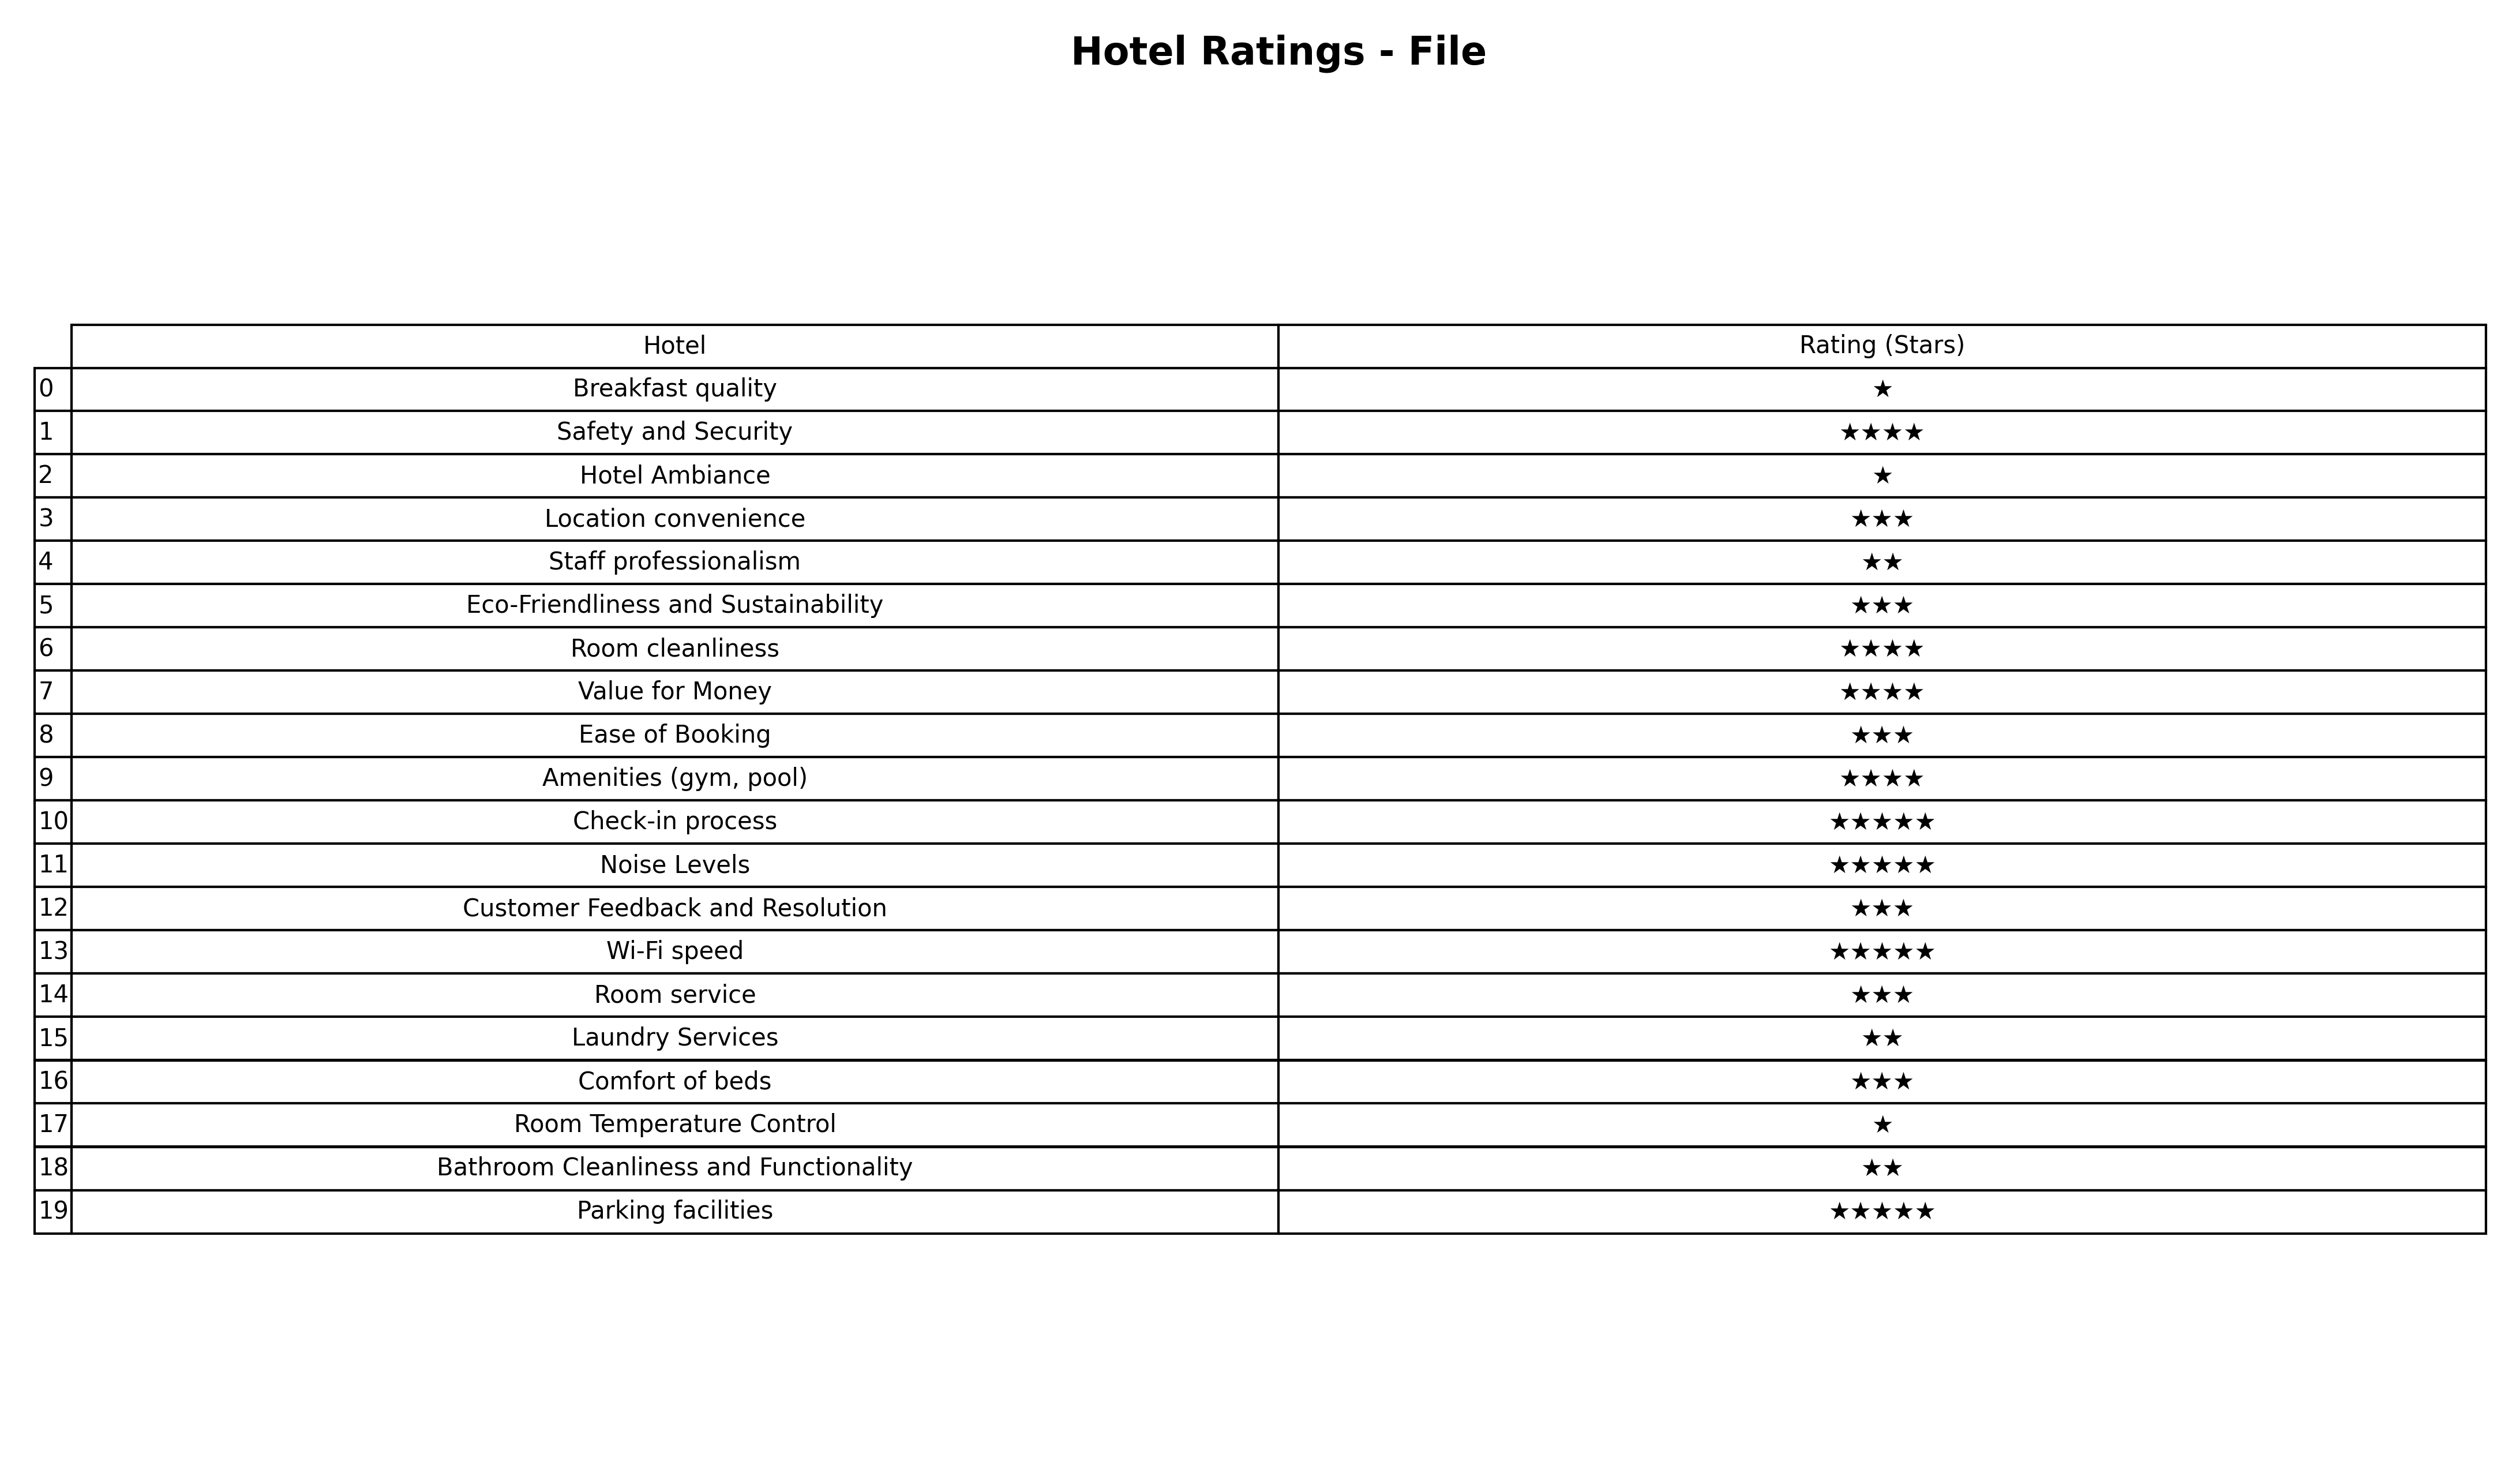
question: What is the rating of Location convenience?
answer: ★★★